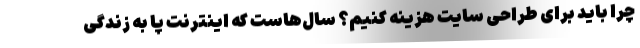
چرا باید برای طراحی سایت هزینه کنیم؟ سال‌هاست که اینترنت پا به زندگی